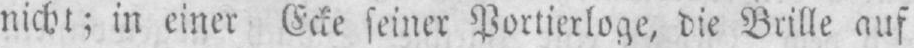
nicht; in einer Ecke seiner Portierloge, die Brille auf